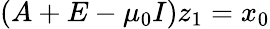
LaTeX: (A+E-\mu_{0}I)z_{1}=x_{0}